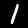
Digit: 1